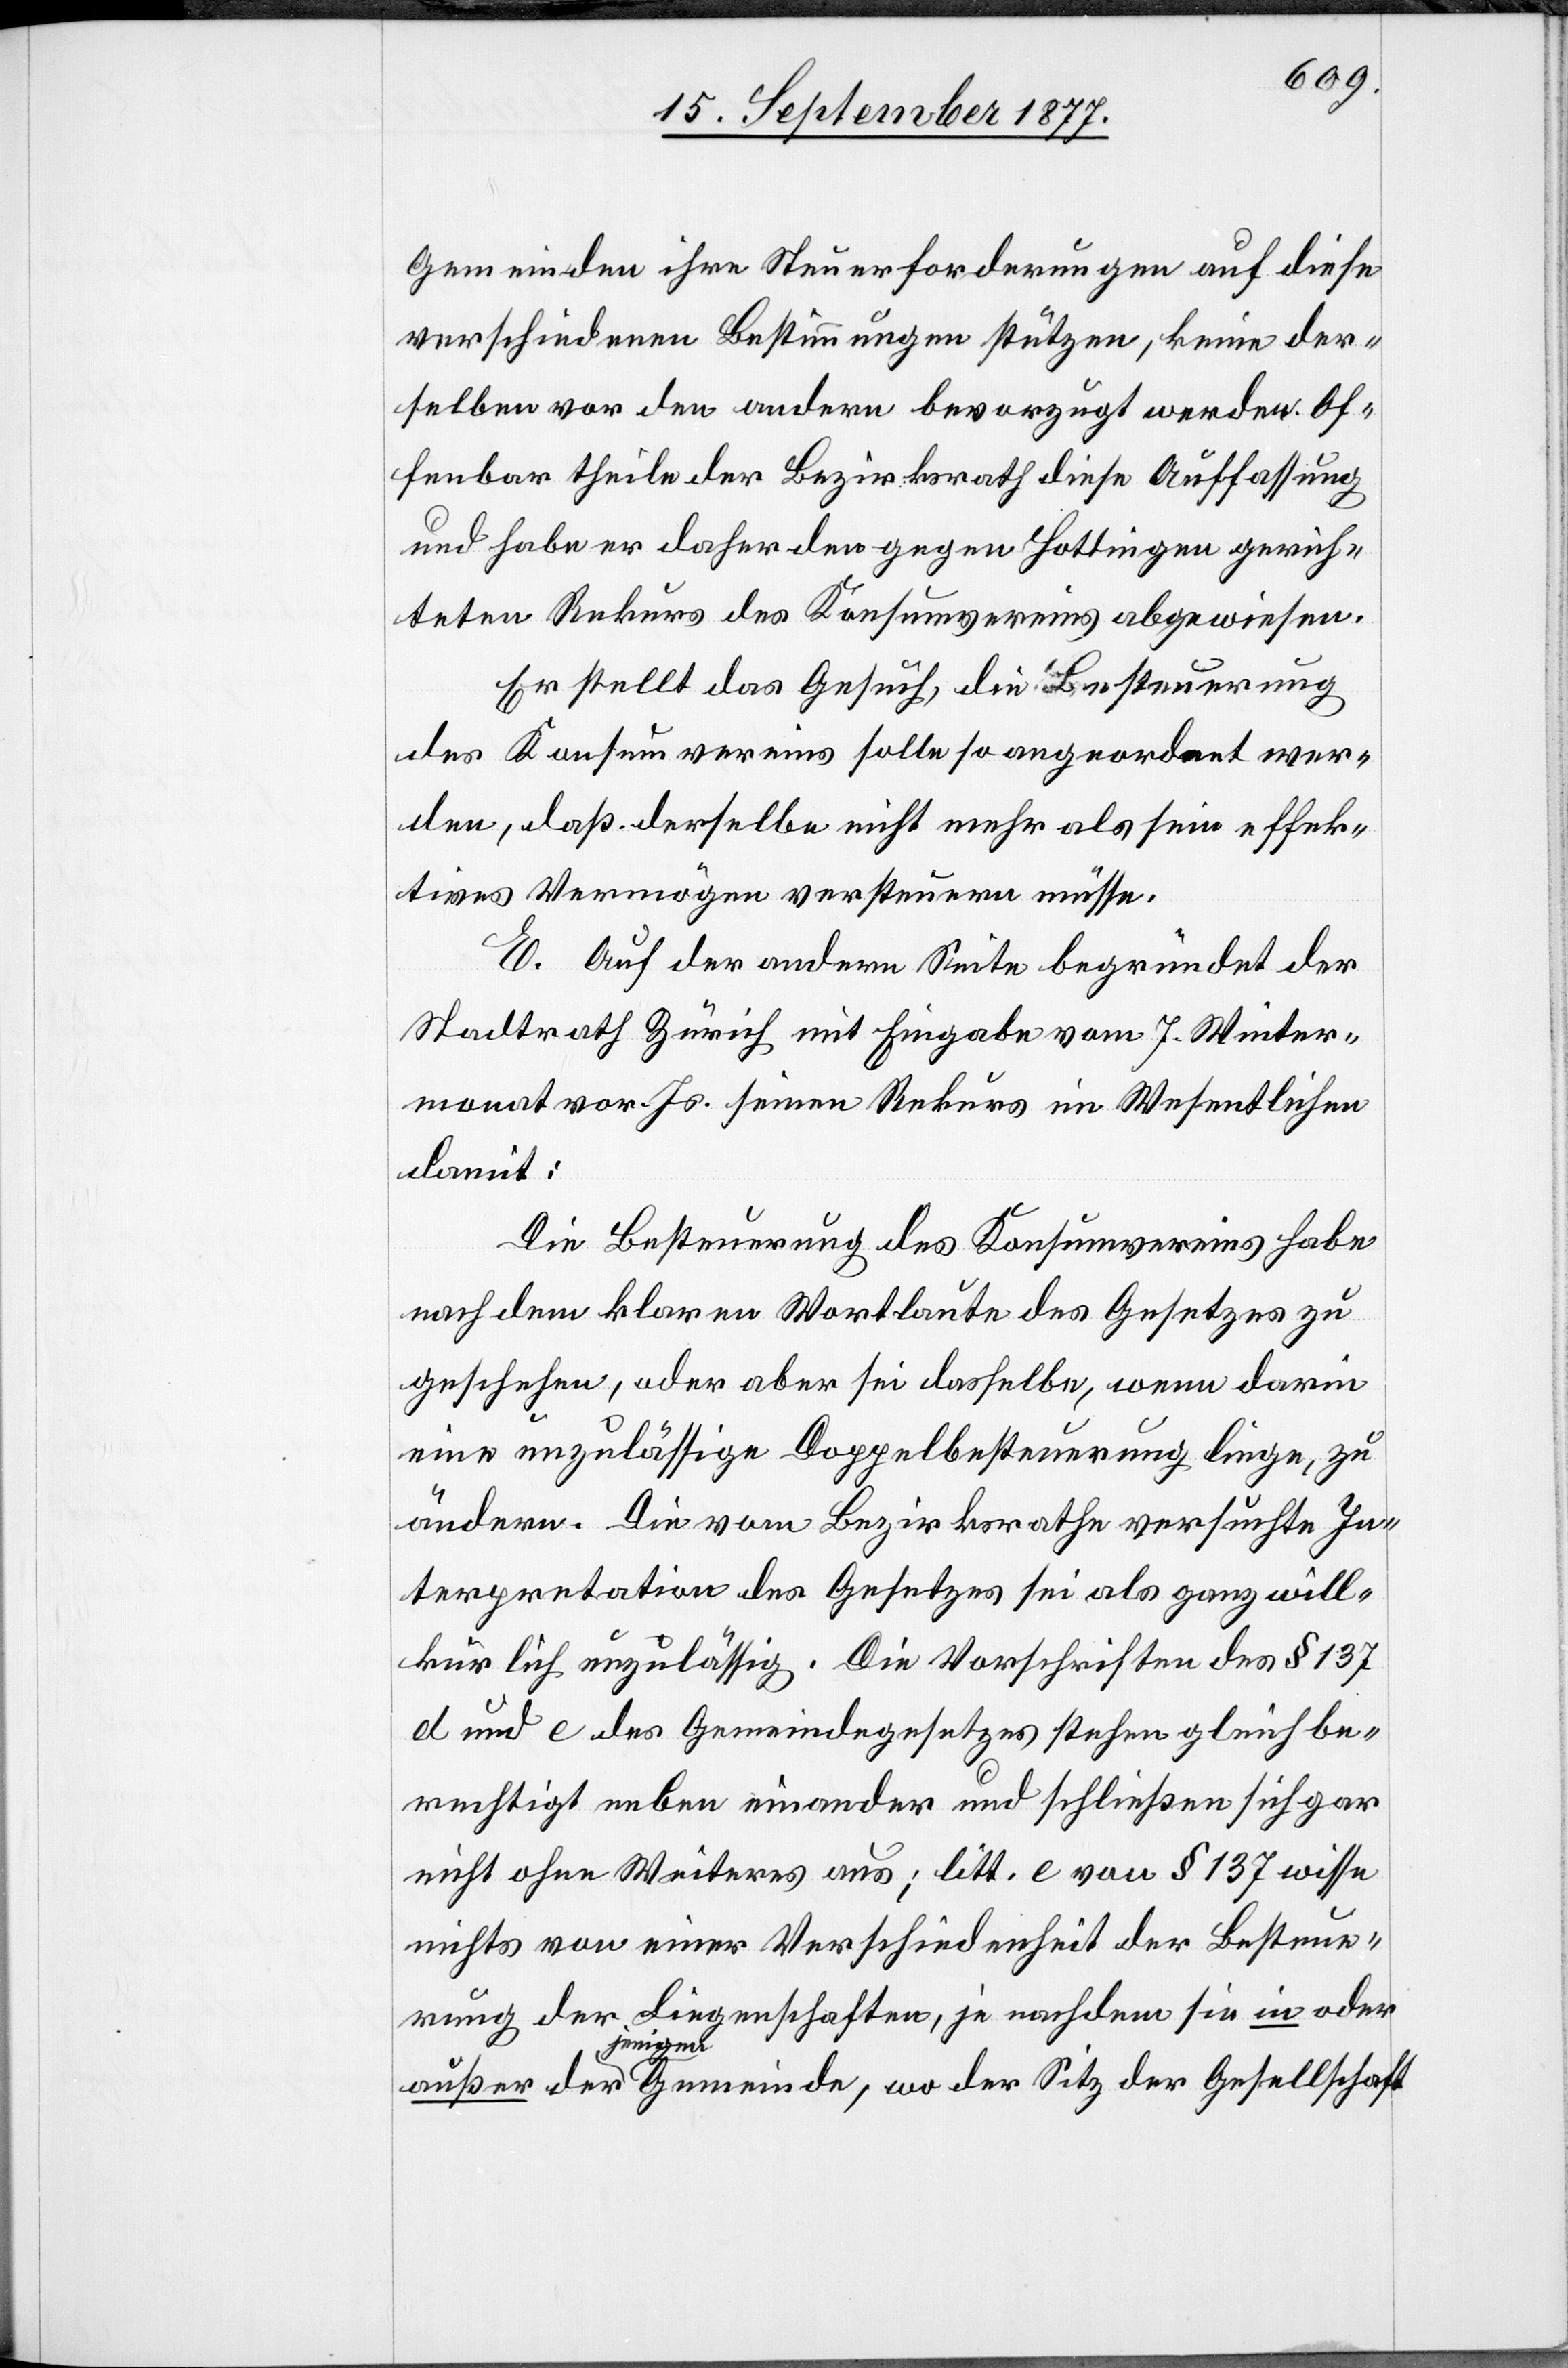
Gemeinden ihre Steuerforderungen auf diese
verschiedenen Bestimmungen stützen, keine der¬
selben vor den andern bevorzugt werden. Of¬
fenbar theile der Bezirksrath diese Auffassung
und habe er daher den gegen Hottingen gerich¬
teten Rekurs des Konsumvereins abgewiesen.
Er stellt das Gesuch, die Besteuerung
des Konsumvereins solle so angeordnet wer¬
den, daß derselbe nicht mehr als sein effek¬
tives Vermögen versteuern müsse.
E. Auf der andern Seite begründet der
Stadtrath Zürich mit Eingabe vom 7. Winter¬
monat vor. Js. seinen Rekurs im Wesentlichen
damit:
Die Besteuerung des Konsumvereins habe
nach dem klaren Wortlaute des Gesetzes zu
geschehen, oder aber sei dasselbe, wenn darin
eine unzulässige Doppelbesteuerung liege, zu
ändern. Die vom Bezirksrathe versuchte In¬
terpretation des Gesetzes sei als ganz will¬
kürlich unzulässig. Die Vorschriften des § 137
d und e des Gemeindegesetzes stehen gleich be¬
rechtigt neben einander und schließen sich gar
nicht ohne Weiteres aus; litt. e von § 137 wisse
nichts von einer Verschiedenheit der Besteue¬
rung der Liegenschaften, je nachdem sie in oder
außer derjenigen Gemeinde, wo der Sitz der Gesellschaft